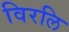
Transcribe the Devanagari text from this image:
विरलि